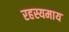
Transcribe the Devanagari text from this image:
रहस्यमाय